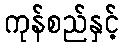
ကုန်စည်နှင့်